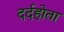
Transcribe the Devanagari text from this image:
दर्दहोता